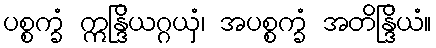
ပစ္စက္ခံ ဣန္ဒြိယဂ္ဂယှံ၊ အပစ္စက္ခံ အတိန္ဒြိယံ။